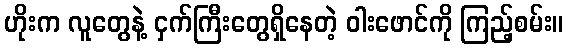
ဟိုးက လူတွေနဲ့ ငှက်ကြီးတွေရှိနေတဲ့ ဝါးဖောင်ကို ကြည့်စမ်း။